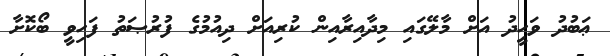
ޢަބުދު ވަހީދު އަށް މާލޭގައި މިދާއިރާއިން ކުރިއަށް ދިއުމުގެ ފުރުޞަތު ފަހިވީ ބޯކޮށާ